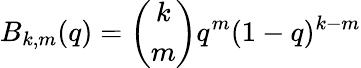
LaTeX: B_{k,m}(q)=\left(\begin{array}{c}{k}\\ {m}\end{array}\right)q^{m}(1-q)^{k-m}